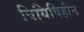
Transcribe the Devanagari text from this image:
विधिविहीन